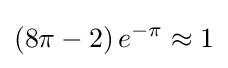
\left(8\pi -2\right)e^{-\pi }\approx 1